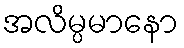
အလိမ္ပမာနော